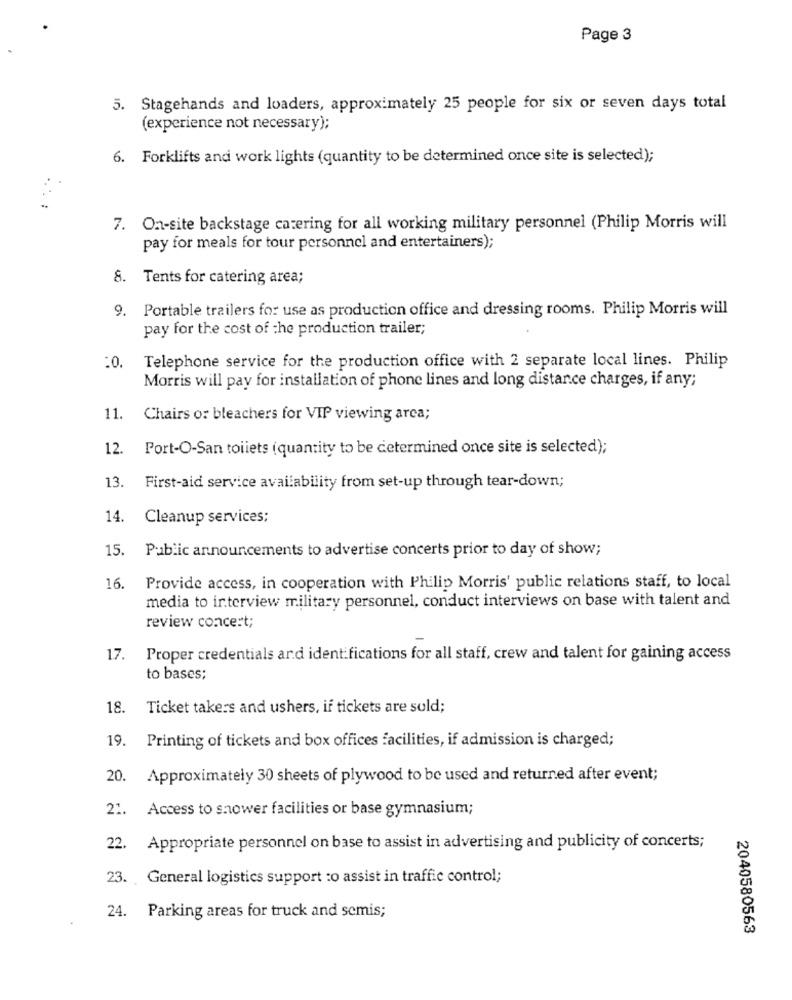
Page 3
5. Stagehands and loaders, approximately 25 people for six or seven days total
(experience not necessary);
6. Forklifts and work lights (quantity to be determined once site is selected);
7. On-site backstage catering for all working military personnel (Philip Morris will
pay for meals for tour personnel and entertainers);
8. Tents for catering area;
9. Portable trailers for use as production office and dressing rooms. Philip Morris will
pay for the cost of the production trailer;
Telephone service for the production office with 2 separate local lines. Philip
:0.
Morris will pay for installation of phone lines and long distance charges, if any;
11. Chairs or bleachers for VIP viewing arca;
12.
Port-O-San toilets (quantity to be determined once site is selected);
13.
First-aid service availability from set-up through tear-down;
14.
Cleanup services;
15.
Public announcements to advertise concerts prior to day of show;
16.
Provide access, in cooperation with Philip Morris' public relations staff, to local
media to interview military personnel, conduct interviews on base with talent and
review concert;
17. Proper credentials ard identifications for all staff, crew and talent for gaining access
to bases;
18.
Ticket takers and ushers, if tickets are sold;
19.
Printing of tickets and box offices facilities, if admission is charged;
20. Approximately 30 sheets of plywood to be used and returned after event;
21. Access to snower facilities or base gymnasium;
22. Appropriate personnel on base to assist in advertising and publicity of concerts;
23. General logistics support :o assist in traffic control;
24. Parking areas for truck and semis;
2040580563